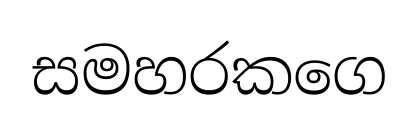
සමහරකගෙ